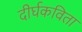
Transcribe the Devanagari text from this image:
दीर्घकविता